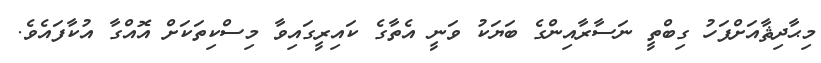
މިޙާދިޘާއަށްފަހު ގިބްތީ ނަސާރާއިންގެ ބަޔަކު ވަނީ އެތާގެ ކައިރީގައިވާ މިސްކިތަކަށް އޮއްގާ އުކާފައެވެ.